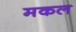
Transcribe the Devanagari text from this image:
मकल